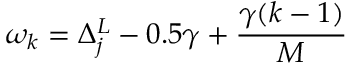
\omega _ { k } = \Delta _ { j } ^ { L } - 0 . 5 \gamma + \frac { \gamma ( k - 1 ) } { M }